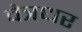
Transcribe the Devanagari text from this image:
वेत्रधर